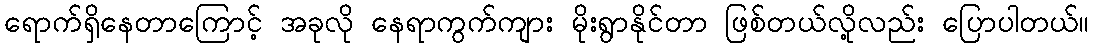
ရောက်ရှိနေတာကြောင့် အခုလို နေရာကွက်ကျား မိုးရွာနိုင်တာ ဖြစ်တယ်လို့လည်း ပြောပါတယ်။